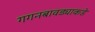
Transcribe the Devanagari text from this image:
गगनबावड्याकडे